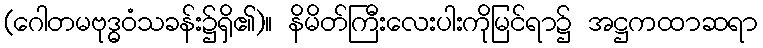
(ဂေါတမဗုဒ္ဓဝံသခန်း၌ရှိ၏)။ နိမိတ်ကြီးလေးပါးကိုမြင်ရာ၌ အဋ္ဌကထာဆရာ